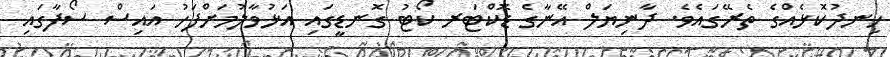
ހިނދުކޮޅެއްގެ ތެރޭގައެވެ. ދާނިޔަލް އޭނާގެ ޑޮކްޓަރ ކޯޓު ގޮނޑީގައި އަޅުވާލުމަށްފަހު އައިސް ސޯފާގައި